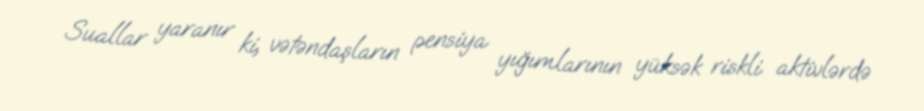
Suallar yaranır ki, vətəndaşların pensiya yığımlarının yüksək riskli aktivlərdə